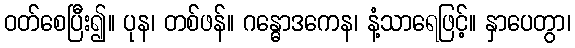
ဝတ်စေပြီး၍။ ပုန၊ တစ်ဖန်။ ဂန္ဓောဒကေန၊ နံ့သာရေဖြင့်။ နှာပေတွာ၊